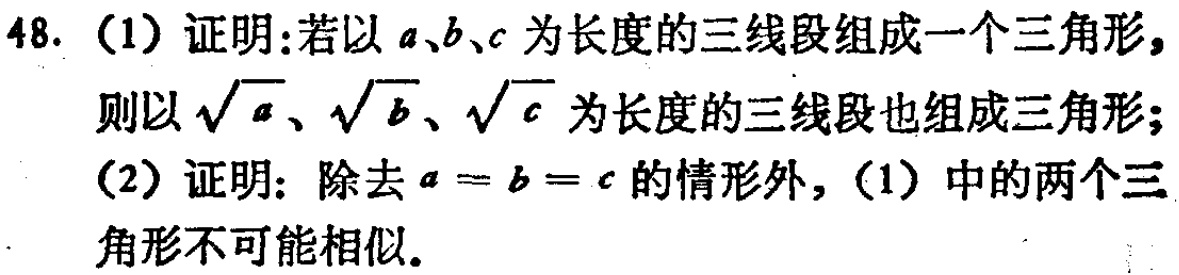
48. (1) 证明:若以 \(a\)、\(b\)、\(c\) 为长度的三线段组成一个三角形，则以 \(\sqrt{a}\)、\(\sqrt{b}\)、\(\sqrt{c}\) 为长度的三线段也组成三角形；

(2) 证明: 除去 \(a = b = c\) 的情形外，(1) 中的两个三角形不可能相似.